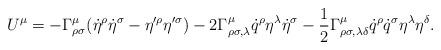
LaTeX: \begin{align*}U^\mu=-\Gamma^\mu_{\rho\sigma}(\dot{\eta}^\rho\dot{\eta}^\sigma-\eta'^\rho\eta'^\sigma)-2\Gamma^\mu_{\rho\sigma,\lambda}\dot{q}^\rho\eta^\lambda\dot{\eta}^\sigma-\frac{1}{2}\Gamma^\mu_{\rho\sigma,\lambda\delta}\dot{q}^\rho\dot{q}^\sigma\eta^\lambda\eta^\delta.\end{align*}